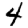
Digit: 4